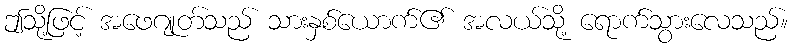
ဤသို့ဖြင့် အဖေဂျုတ်သည် သားနှစ်ယောက်၏ အလယ်သို့ ရောက်သွားလေသည်။